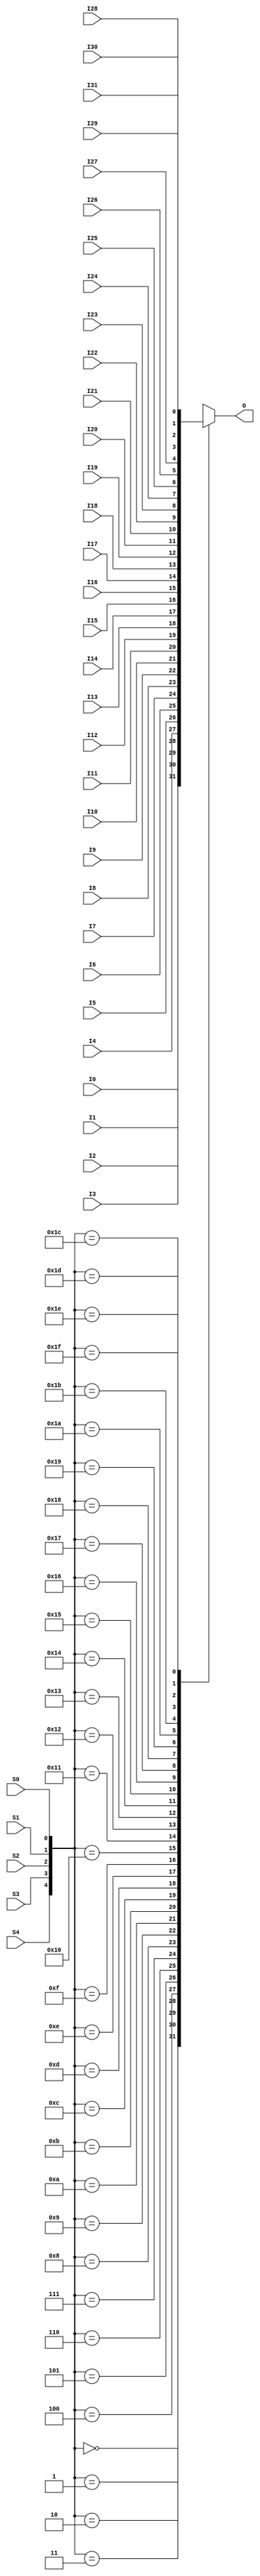
`ifdef verilator3
`else
`timescale 1 ps / 1 ps
`endif
//
// MUX32 primitive for Gowin FPGAs
// Compatible with Verilator tool (www.veripool.org)
// Copyright (c) 2022 Frdric REQUIN
// License : BSD
//

module MUX32
(
    input       I0,  I1,  I2,  I3,  I4,  I5,  I6,  I7,  I8,  I9, I10, I11, I12, I13, I14, I15,
    input      I16, I17, I18, I19, I20, I21, I22, I23, I24, I25, I26, I27, I28, I29, I30, I31,
    input      S0, S1, S2, S3, S4,
    output reg O
);

    always @ (*) begin
        case ({S4, S3, S2, S1, S0})
            5'b00000 : O = I0;
            5'b00001 : O = I1;
            5'b00010 : O = I2;
            5'b00011 : O = I3;
            5'b00100 : O = I4;
            5'b00101 : O = I5;
            5'b00110 : O = I6;
            5'b00111 : O = I7;
            5'b01000 : O = I8;
            5'b01001 : O = I9;
            5'b01010 : O = I10;
            5'b01011 : O = I11;
            5'b01100 : O = I12;
            5'b01101 : O = I13;
            5'b01110 : O = I14;
            5'b01111 : O = I15;
            5'b10000 : O = I16;
            5'b10001 : O = I17;
            5'b10010 : O = I18;
            5'b10011 : O = I19;
            5'b10100 : O = I20;
            5'b10101 : O = I21;
            5'b10110 : O = I22;
            5'b10111 : O = I23;
            5'b11000 : O = I24;
            5'b11001 : O = I25;
            5'b11010 : O = I26;
            5'b11011 : O = I27;
            5'b11100 : O = I28;
            5'b11101 : O = I29;
            5'b11110 : O = I30;
            5'b11111 : O = I31;
        endcase
    end

endmodule